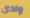
وادى